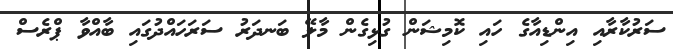
ސަރުކާރާއި އިންޑިއާގެ ހައި ކޮމިޝަން ގުޅިގެން މާލޭ ބަނދަރު ސަރަހައްދުގައި ބާއްވާ ޕްރެސް